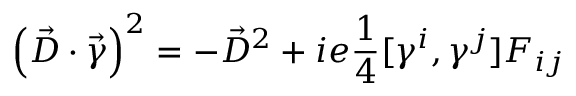
\left( \vec { D } \cdot \vec { \gamma } \right) ^ { 2 } = - \vec { D } ^ { 2 } + i e { \frac { 1 } { 4 } } [ \gamma ^ { i } , \gamma ^ { j } ] F _ { i j }